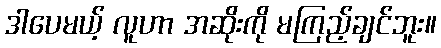
ဒါပေမယ့် လူဟာ အဆိုးကို မကြည့်ချင်ဘူး။